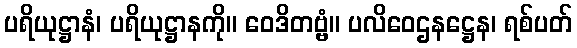
ပရိယုဋ္ဌာနံ၊ ပရိယုဋ္ဌာနကို။ ဝေဒိတဗ္ဗံ။ ပလိဝေဌနဋ္ဌေန၊ ရစ်ပတ်